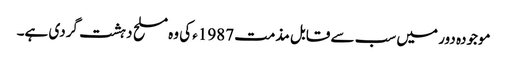
موجودہ دور میں سب سے قابل مذمت 1987ء کی وہ مسلح دہشت گردی ہے۔